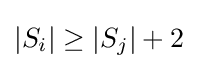
\left|S_{i}\right|\geq \left|S_{j}\right|+2